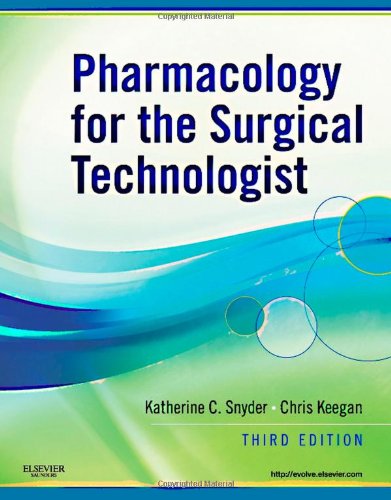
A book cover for Pharmacology for the Surgical Technologist, 3rd Edition; Katherine C. Snyder; Medical Books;